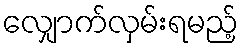
လျှောက်လှမ်းရမည့်